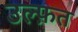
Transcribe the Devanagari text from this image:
उल्फ़त